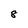
Character: 8